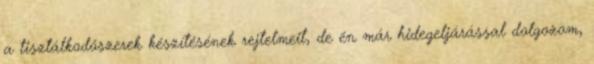
a tisztálkodószerek készítésének rejtelmeit, de én már hidegeljárással dolgozom,